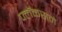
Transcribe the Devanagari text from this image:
फ्लॅकसने